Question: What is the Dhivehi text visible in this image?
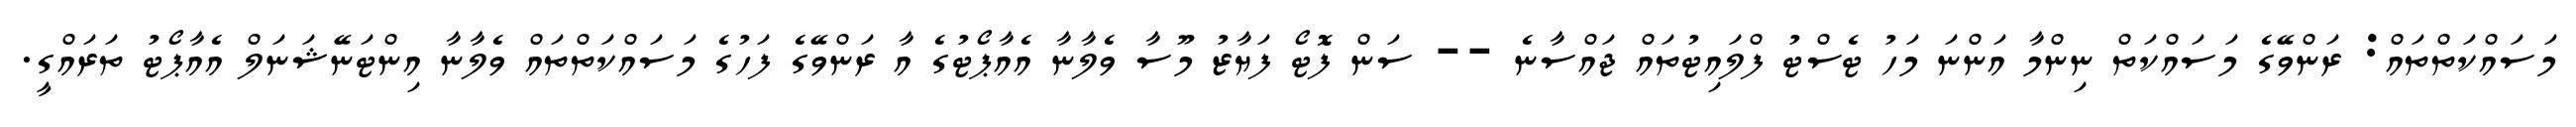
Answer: މަސައްކަތްތައް: ރަންވޭގެ މަސައްކަތް ނިންމާ އަންނަ މަހު ޓެސްޓު ފްލައިޓުތައް ޖައްސާނެ -- ސަން ފޮޓޯ ފަޔާޒު މޫސާ ވެލާނާ އެއާޕޯޓުގެ އާ ރަންވޭގެ ފަހުގެ މަސައްކަތްތައް ވެލާނާ އިންޓަނޭޝަނަލް އެއާޕޯޓު ތަރައްގީ.